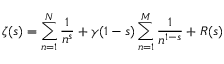
\zeta ( s ) = \sum _ { n = 1 } ^ { N } { \frac { 1 } { n ^ { s } } } + \gamma ( 1 - s ) \sum _ { n = 1 } ^ { M } { \frac { 1 } { n ^ { 1 - s } } } + R ( s )